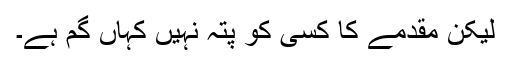
لیکن مقدمے کا کسی کو پتہ نہیں کہاں گم ہے۔